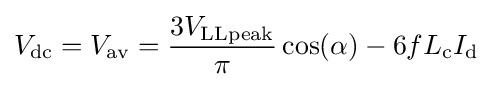
{V_{\mathrm {dc} }=V_{\mathrm {av} }={\frac {3V_{\mathrm {LLpeak} }}{\pi }}\cos(\alpha )}-{6fL_{\mathrm {c} }I_{\mathrm {d} }}